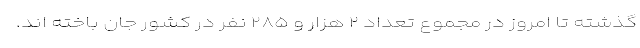
گذشته تا امروز در مجموع تعداد ۲ هزار و ۲۸۵ نفر در کشور جان باخته اند.